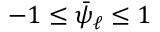
- 1 \le \bar { \psi } _ { \ell } \le 1